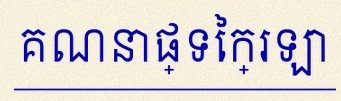
គណនាផ្ទៃក្រឡា